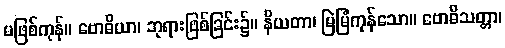
မဖြစ်ကုန်။ ဗောဓိယာ၊ ဘုရားဖြစ်ခြင်း၌။ နိယတာ၊ မြဲမြံကုန်သော။ ဗောဓိသတ္တာ၊